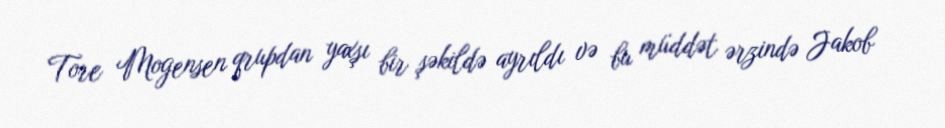
Tore Mogensen qrupdan yaxşı bir şəkildə ayrıldı və bu müddət ərzində Jakob